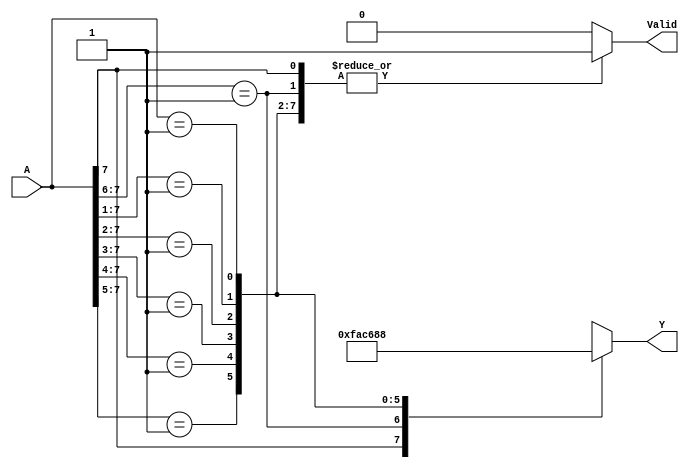
`timescale 1ns / 1ps

module CASEX_ENC8_3 (A,Y, Valid);

input [7:0] A;
output reg [2:0] Y;
output reg Valid;

always @ (A)
begin
	Valid = 1;
	casex (A)
		8'b1xxxxxxx: Y = 7;
		8'b01xxxxxx: Y = 6;
		8'b001xxxxx: Y = 5;
		8'b0001xxxx: Y = 4;
		8'b00001xxx: Y = 3;
		8'b000001xx: Y = 2;
		8'b0000001x: Y = 1;
		8'b00000001: Y = 0;
		default:
			begin
				Valid = 0;
				Y = 3'bX;
			end
		endcase
end
endmodule